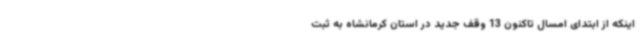
اینکه از ابتدای امسال تاکنون 13 وقف جدید در استان کرمانشاه به ثبت